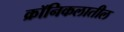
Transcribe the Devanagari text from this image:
क्रॉनिकलातील